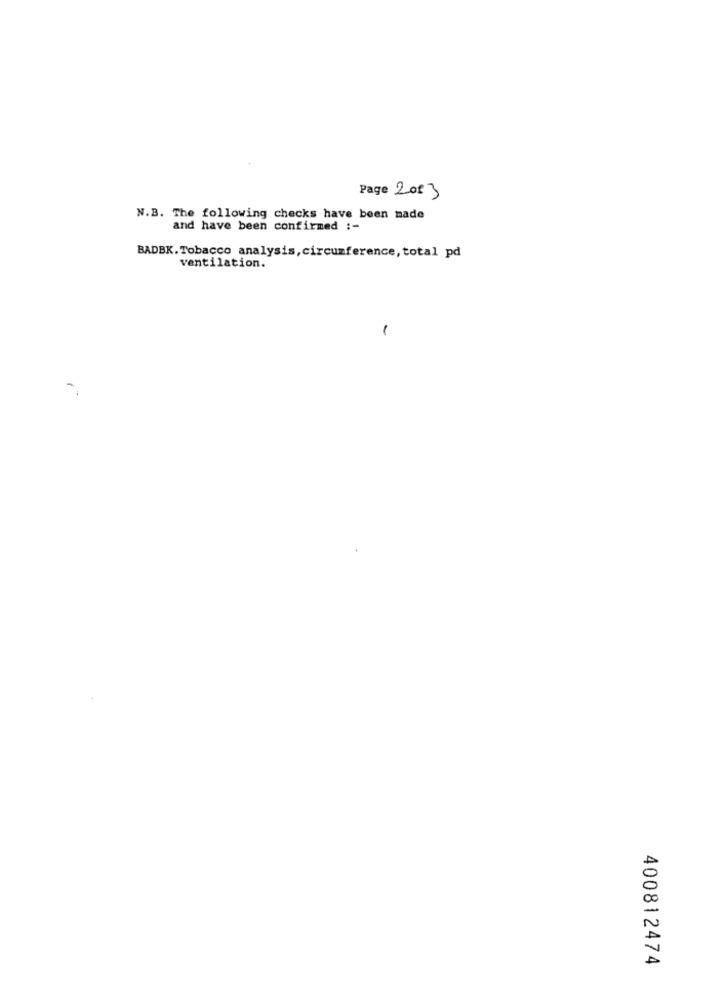
Page 2013
N.B. The following checks have been made
and have been confirmed :-
BADBK. Tobacco analysis, circumference, total pd
ventilation.
400812474